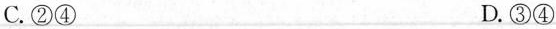
C.②④ D.③④